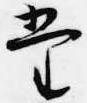
堂